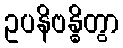
ဥပနိဗန္ဓိတွာ